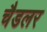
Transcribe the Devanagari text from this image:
चैडलर